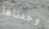
وجدناها